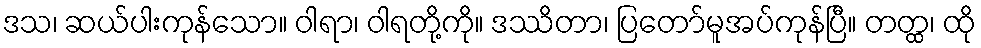
ဒသ၊ ဆယ်ပါးကုန်သော။ ဝါရာ၊ ဝါရတို့ကို။ ဒဿိတာ၊ ပြတော်မူအပ်ကုန်ပြီ။ တတ္ထ၊ ထို